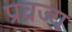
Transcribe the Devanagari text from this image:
प्रव्रज्य